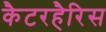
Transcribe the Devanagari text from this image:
कैटरहैरिस